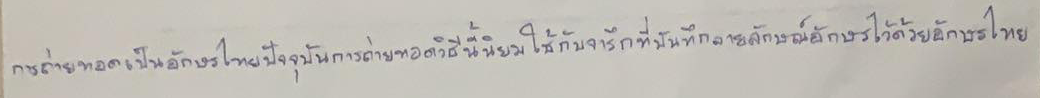
การถ่ายถอดเป็นอักษรไทยปัจจุบันการถ่ายทอดวิธีนี้นิยมใช้กับจารึกที่บันทึกลายลักษณ์อักษรไว้ด้วยอักษรไทย